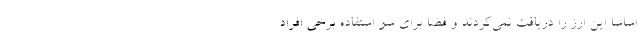
اساسا این ارز را دریافت نمی‌کردند و فضا برای سو استفاده برخی افراد